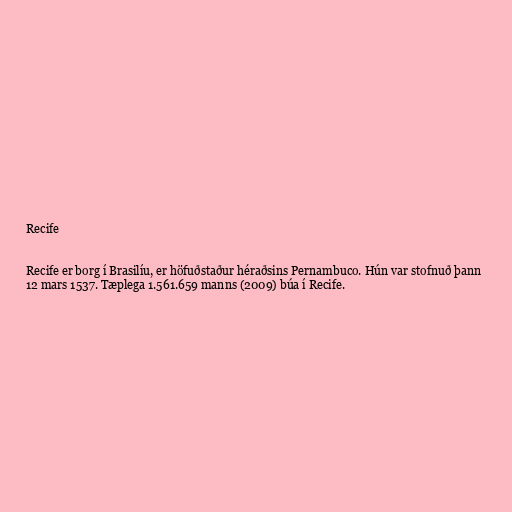
Recife

Recife er borg í Brasilíu, er höfuðstaður héraðsins Pernambuco. Hún var stofnuð þann
12 mars 1537. Tæplega 1.561.659 manns (2009) búa í Recife.